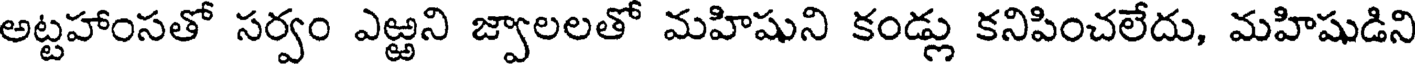
అట్టహాంసతో సర్వం ఎఱ్ఱని జ్వాలలతో మహిషుని కండ్లు కనిపించలేదు, మహిషుడిని